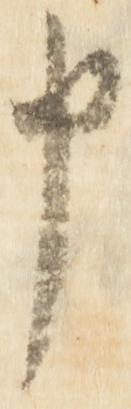
申